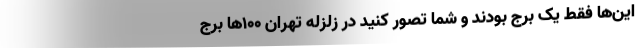
این‌ها فقط یک برج بودند و شما تصور کنید در زلزله تهران ۱۰۰‌ها برج